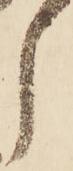
し